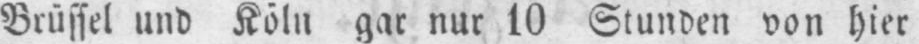
Brüssel und Köln gar nur 10 Stunden von hier